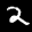
Label: 2